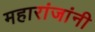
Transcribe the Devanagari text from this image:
महारांजांनी